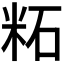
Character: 𫂹